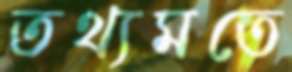
তথ্যমতে